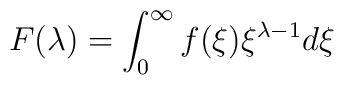
F(\lambda) = \int^\infty_0 f(\xi) \xi^{\lambda-1} d\xi